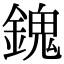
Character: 𨪈